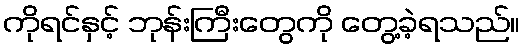
ကိုရင်နှင့် ဘုန်းကြီးတွေကို တွေ့ခဲ့ရသည်။